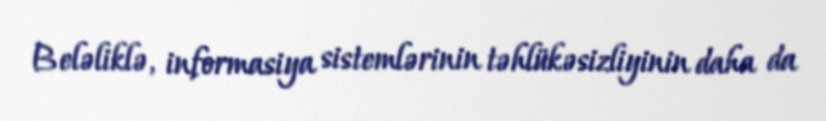
Beləliklə, informasiya sistemlərinin təhlükəsizliyinin daha da